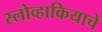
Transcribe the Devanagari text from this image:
स्लोव्हाकियाचे